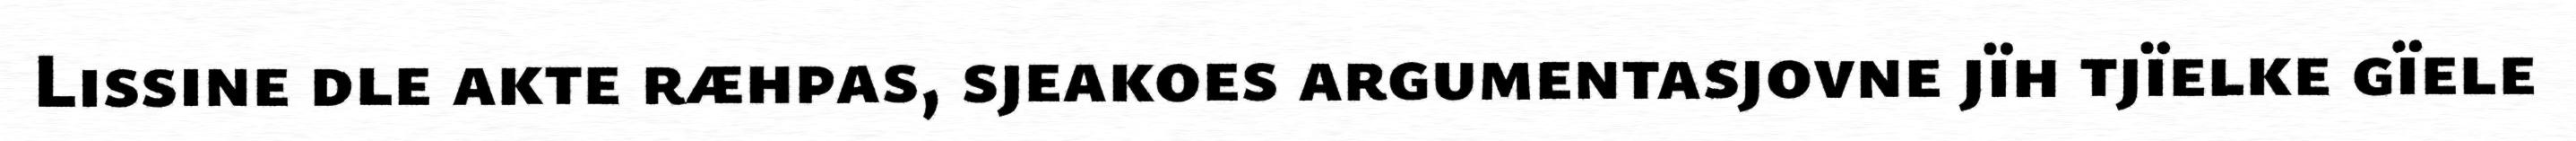
Lissine dle akte ræhpas, sjeakoes argumentasjovne jïh tjïelke gïele